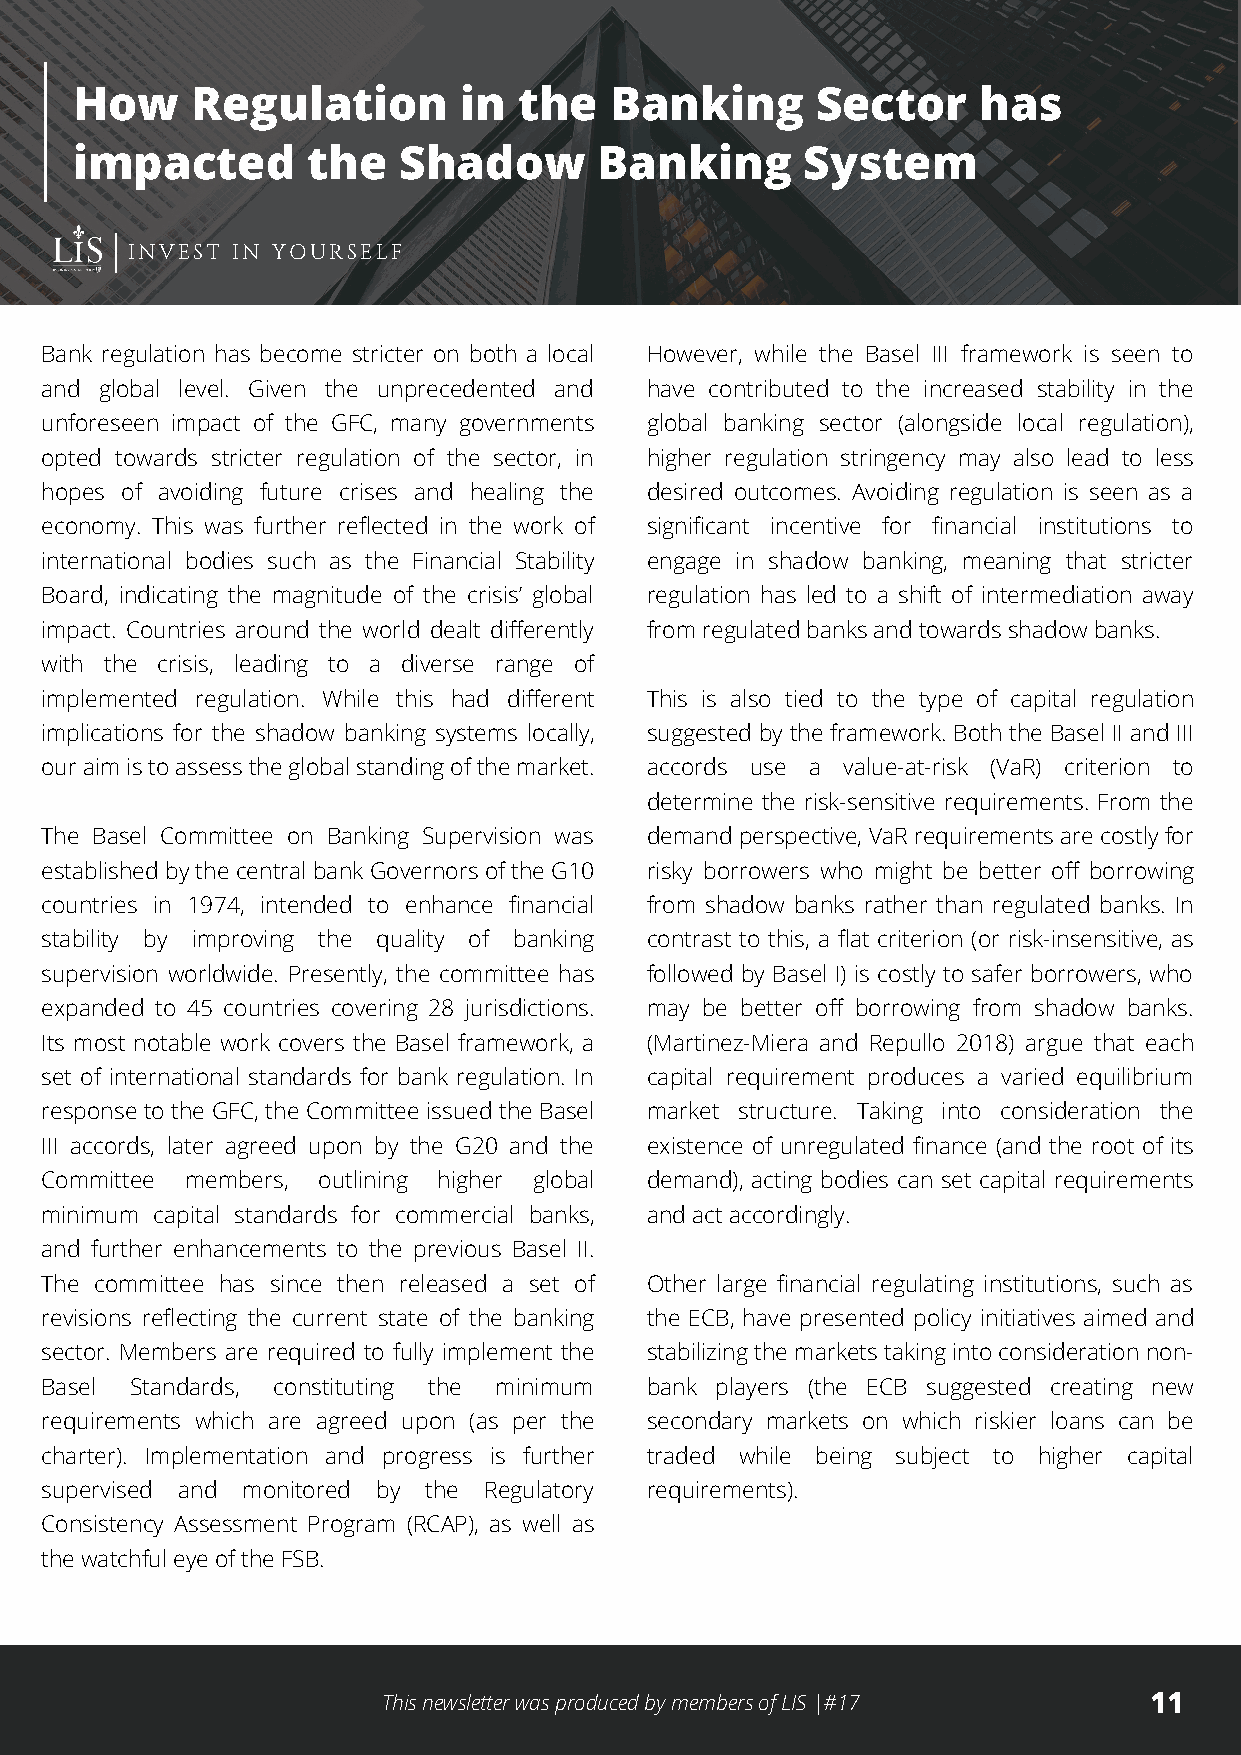
How     Regulation       in  the   Banking       Sector     has
 impacted       the   Shadow        Banking      System
 INVEST IN YOURSELF
 Bank regulation has become stricter on both a local However, while the Basel III framework is seen to
 and global level. Given the unprecedented and have contributed to the increased stability in the
 unforeseen impact of the GFC, many governments global banking sector (alongside local regulation),
 opted towards stricter regulation of the sector, in higher regulation stringency may also lead to less
 hopes of avoiding future crises and healing the desired outcomes. Avoiding regulation is seen as a
 economy. This was further reflected in the work of significant incentive for financial institutions to
 international bodies such as the Financial Stability engage in shadow banking, meaning that stricter
 Board, indicating the magnitude of the crisis’ global regulation has led to a shift of intermediation away
 impact. Countries around the world dealt differently from regulated banks and towards shadow banks.
 with the crisis, leading to a diverse range of
 implemented regulation. While this had different This is also tied to the type of capital regulation
 implications for the shadow banking systems locally, suggested by the framework. Both the Basel II and III
 our aim is to assess the global standing of the market. accords use a value-at-risk (VaR) criterion to
 determine the risk-sensitive requirements. From the
 The Basel Committee on Banking Supervision was demand perspective, VaR requirements are costly for
 established by the central bank Governors of the G10 risky borrowers who might be better off borrowing
 countries in 1974, intended to enhance financial from shadow banks rather than regulated banks. In
 stability by improving the quality of banking contrast to this, a flat criterion (or risk-insensitive, as
 supervision worldwide. Presently, the committee has followed by Basel I) is costly to safer borrowers, who
 expanded to 45 countries covering 28 jurisdictions. may be better off borrowing from shadow banks.
 Its most notable work covers the Basel framework, a (Martinez-Miera and Repullo 2018) argue that each
 set of international standards for bank regulation. In capital requirement produces a varied equilibrium
 response to the GFC, the Committee issued the Basel market structure. Taking into consideration the
 III accords, later agreed upon by the G20 and the existence of unregulated finance (and the root of its
 Committee members, outlining higher global demand), acting bodies can set capital requirements
 minimum capital standards for commercial banks, and act accordingly.
 and further enhancements to the previous Basel II.
 The committee has since then released a set of Other large financial regulating institutions, such as
 revisions reflecting the current state of the banking the ECB, have presented policy initiatives aimed and
 sector. Members are required to fully implement the stabilizing the markets taking into consideration non-
 Basel Standards, constituting the minimum bank players (the ECB suggested creating new
 requirements which are agreed upon (as per the secondary markets on which riskier loans can be
 charter). Implementation and progress is further traded while being subject to higher capital
 supervised and monitored by the Regulatory requirements).
 Consistency Assessment Program (RCAP), as well as
 the watchful eye of the FSB.
 This newsletter was produced by members of LIS |#17 11